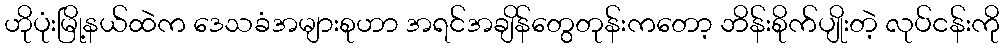
ဟိုပုံးမြို့နယ်ထဲက ဒေသခံအများစုဟာ အရင်အချိန်တွေတုန်းကတော့ ဘိန်းစိုက်ပျိုးတဲ့ လုပ်ငန်းကို